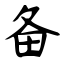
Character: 备